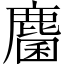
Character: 麕